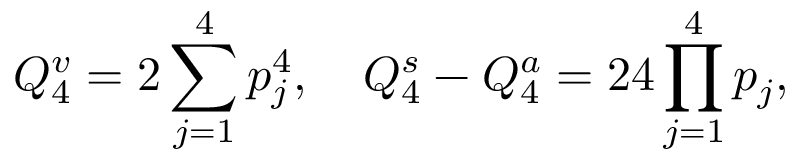
Q _ { 4 } ^ { v } = 2 \sum _ { j = 1 } ^ { 4 } p _ { j } ^ { 4 } , \quad Q _ { 4 } ^ { s } - Q _ { 4 } ^ { a } = 2 4 \prod _ { j = 1 } ^ { 4 } p _ { j } ,